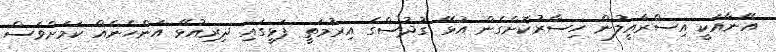
އޭނާއަކީ އިސްރާއީލުން ހިސާރުކޮށްގެން އުޅޭ ގުދުސްގެ އިރުމަތީ ފަޅީގައި ދިރިއުޅޭ އަންހެނެއް ކަމަށްވެސް